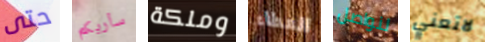
حتى سأريكم وملكة العطاء لنواصل لاتعني